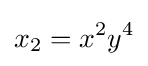
x_{2}=x^{2}y^{4}